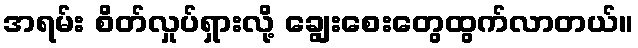
အရမ်း စိတ်လှုပ်ရှားလို့ ချွေးစေးတွေထွက်လာတယ်။